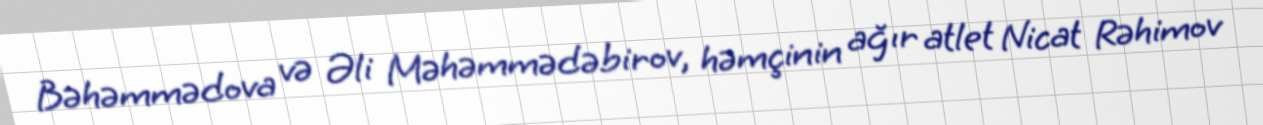
Bəhəmmədova və Əli Məhəmmədəbirov, həmçinin ağır atlet Nicat Rəhimov